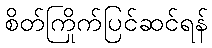
စိတ်ကြိုက်ပြင်ဆင်ရန်